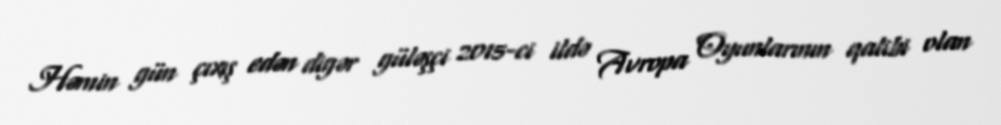
Həmin gün çıxış edən digər güləşçi 2015-ci ildə Avropa Oyunlarının qalibi olan